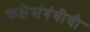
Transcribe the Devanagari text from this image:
कक्षेसंबंधीची